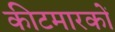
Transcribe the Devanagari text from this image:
कीटमारकों